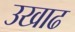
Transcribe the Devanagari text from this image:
उखाढ